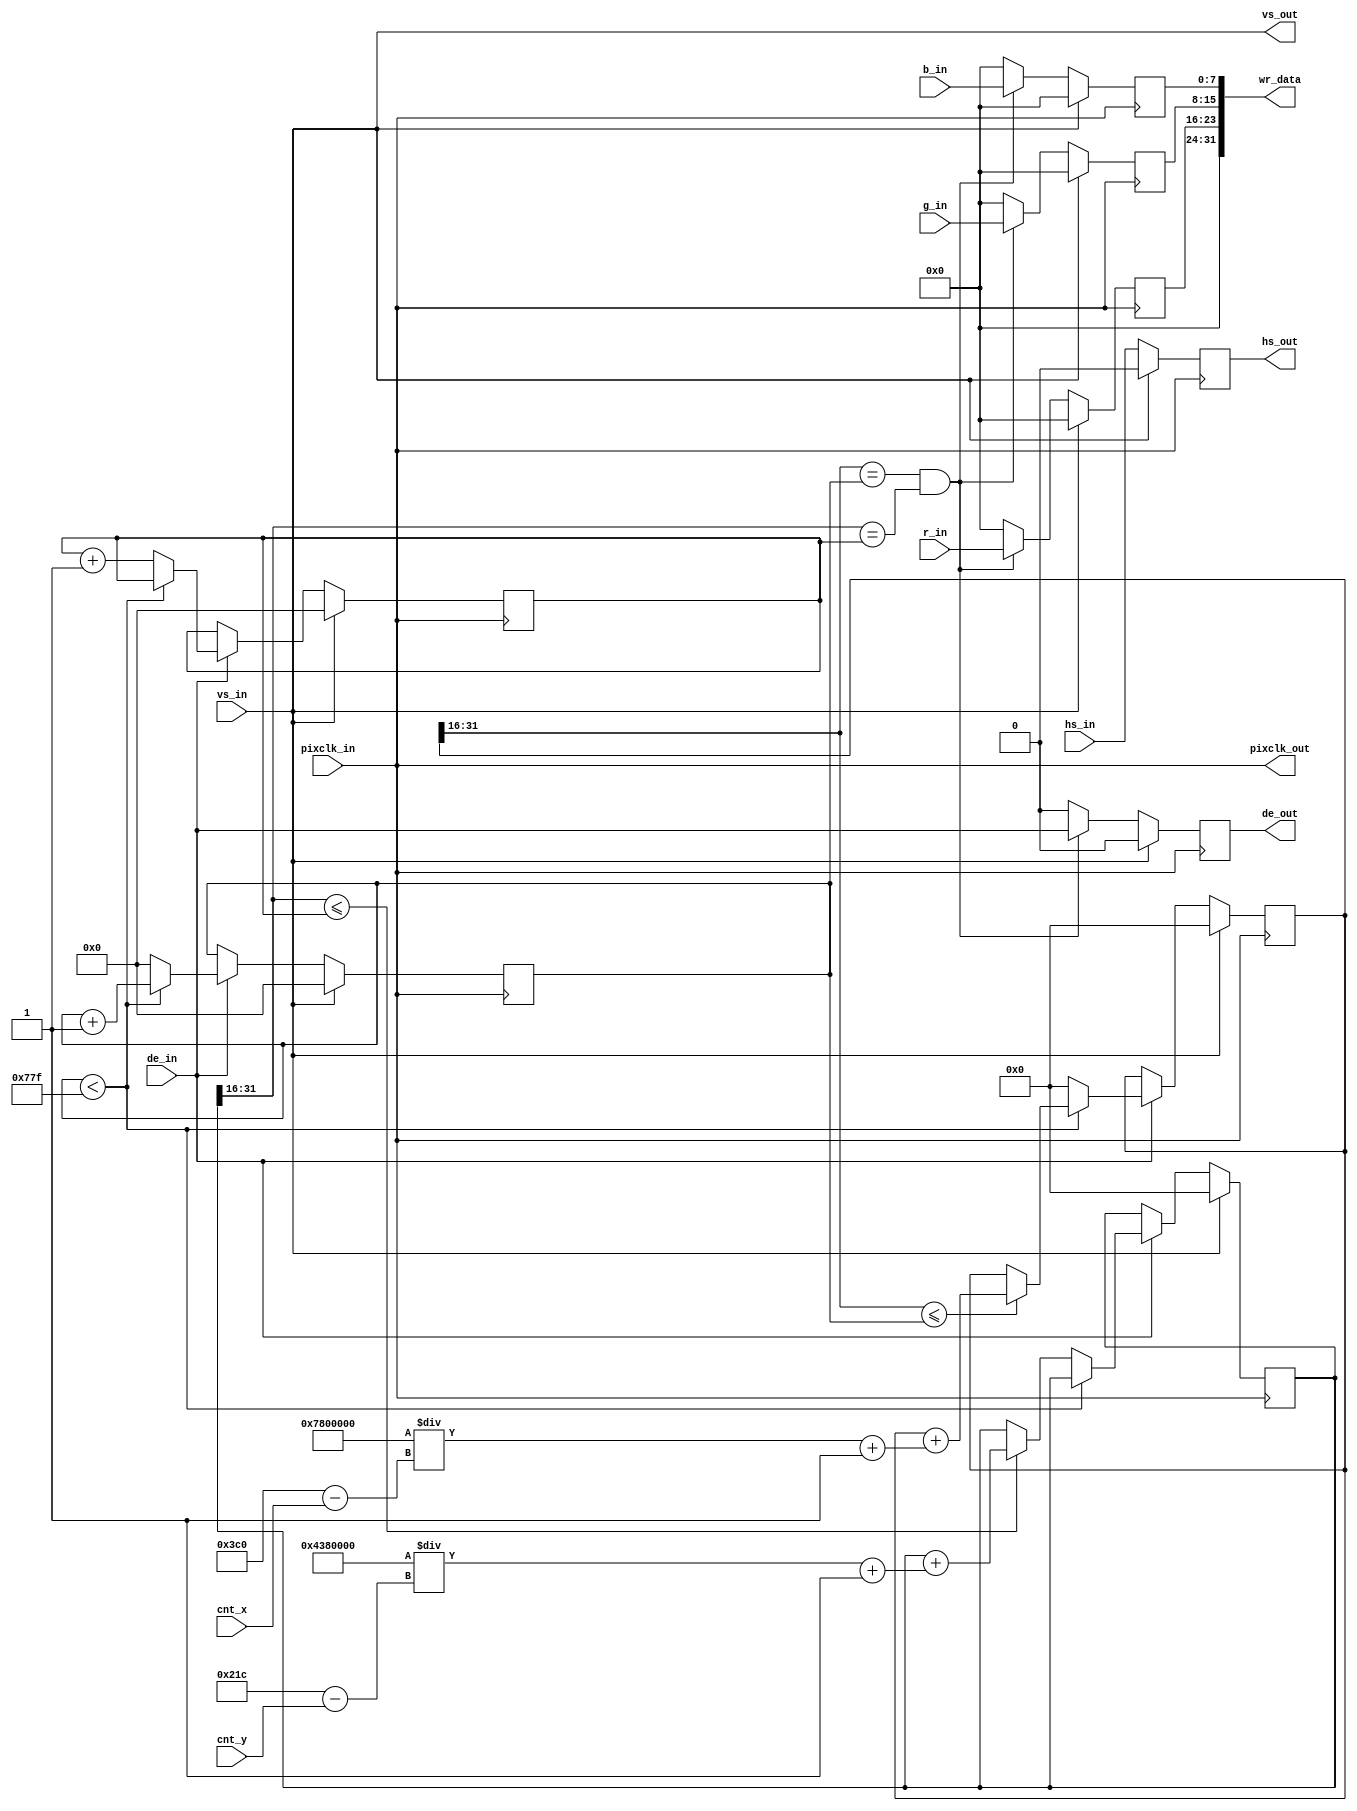
`timescale 1ns / 1ps

module video_scale_960_540(
    
    input                               pixclk_in                  ,
    input              [   9:0]         cnt_x                      ,
    input              [   9:0]         cnt_y                      ,
    input                               vs_in                      ,
    input                               hs_in                      ,
    input                               de_in                      ,
    input              [   7:0]         r_in                       ,
    input              [   7:0]         g_in                       ,
    input              [   7:0]         b_in                       ,

    output                              pixclk_out                 ,
    output                              vs_out                     ,
    output reg                          hs_out                     ,
    output reg                          de_out                     ,
    output             [  31:0]         wr_data                     

);
///////////////////////////////////////////////////////
reg                    [   7:0]         r_out                      ;
reg                    [   7:0]         g_out                      ;
reg                    [   7:0]         b_out                      ;

wire                    [12:0]       vin_xres    =1920          ;
wire                    [12:0]       vin_yres    =1080          ;

wire                    [   9:0]         vout_xres                  ;
wire                    [   9:0]         vout_yres                  ;

assign  vout_xres   = 10'd960 - cnt_x;
assign  vout_yres   = 10'd540 - cnt_y;
     
 
assign pixclk_out   =  pixclk_in    ;
assign vs_out       =  vs_in;
assign wr_data      =  {8'b0,r_out,g_out,b_out};
///////////////////////////////////////////////////////////////
wire                    [  31:0]         scaler_height;//[31:16]1616
wire                    [  31:0]         scaler_width;//[31:16]1616
assign                                   scaler_height	=   ((vin_yres << 16 )/vout_yres) + 1;
assign                                   scaler_width	=   ((vin_xres << 16 )/vout_xres) + 1;	
reg                    [  15:0]         vin_x			= 0                ;//
reg                    [  15:0]         vin_y			= 0                ;//
reg                    [  31:0]         vout_x			= 0               ;//,,[31:16]16
reg                    [  31:0]         vout_y			= 0               ;//,,[31:16]16
always@(posedge pixclk_in)
begin                                                               //
    if(vs_in )begin
        vin_x            <= 0;
        vin_y            <= 0;
    end
    else if (de_in == 1 )begin                                      //
        if( vin_x < vin_xres -1 )begin                              //vin_xres = 
            vin_x    <= vin_x + 1;
        end
        else begin
            vin_x        <= 0;
            vin_y        <= vin_y + 1;
        end
    end
end                                                                 //always

always@(posedge pixclk_in)
begin                                                               //
    if(vs_in)begin
        vout_x        <= 0;
        vout_y        <= 0;
    end
    else if (de_in == 1 )begin                                      //
        if(vin_x < vin_xres -1)begin                                //vin_xres = 
            if (vout_x[31:16] <= vin_x)begin                        //[31:16]16
                vout_x    <= vout_x + scaler_width;                 //vout_x  x 
            end
        end
        else begin
            vout_x        <= 0;
            if (vout_y[31:16] <= vin_y)begin                        //[31:16]16
                vout_y    <= vout_y + scaler_height;                //vout_y  y 
            end
        end
    end
end                                                                 //	always
//vin_x,vin_y 
// vin_x == vout_x && vin_y == vout_y 
always@(posedge pixclk_in)
begin
    if(vs_in)begin
	  
        hs_out       <=  0   ;
        de_out       <=  0   ;
        r_out        <=  0   ;
        g_out        <=  0   ;
        b_out        <=  0   ;
    end
    else begin                                                      //
        if(vout_x[31:16] == vin_x && vout_y[31:16] == vin_y)begin   //[31:16]16,
				//
        r_out        <=  r_in         ;
        g_out        <=  g_in         ;
        b_out        <=  b_in         ;
        hs_out       <=  hs_in        ;
        de_out       <=  de_in        ;
			//
        end
        else begin
			
					//
            r_out        <=  0        ;
            g_out        <=  0        ;
            b_out        <=  0        ;
            hs_out       <=  hs_in    ;
            de_out       <=  0        ;
        end
    end
end                                                                 //	always
	 
endmodule